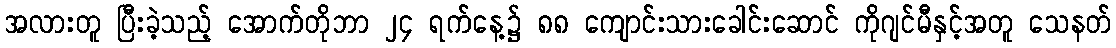
အလားတူ ပြီးခဲ့သည့် အောက်တိုဘာ ၂၄ ရက်နေ့၌ ၈၈ ကျောင်းသားခေါင်းဆောင် ကိုဂျင်မီနှင့်အတူ သေနတ်